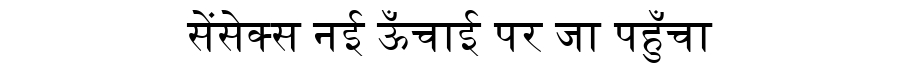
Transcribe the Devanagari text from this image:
सेंसेक्स नई ऊँचाई पर जा पहुँचा